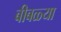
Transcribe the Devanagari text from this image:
बीबळ्या